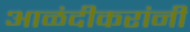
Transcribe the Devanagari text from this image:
आळंदीकरांनी